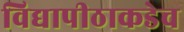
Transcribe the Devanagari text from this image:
विद्यापीठाकडेच